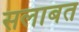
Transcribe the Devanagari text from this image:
सलाबत